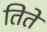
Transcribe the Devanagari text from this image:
तिते